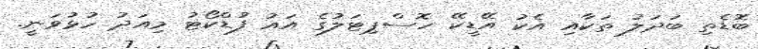
ބޮޑެތި ބަދަލު ތަކާއި އެކު އޭޑީކޭ ހޮސްޕިޓަލުގެ އައު ފުޑްކޯޓު މިއަދު ހުޅުވަނީ.